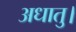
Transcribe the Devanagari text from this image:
अधातु।